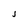
Character: J